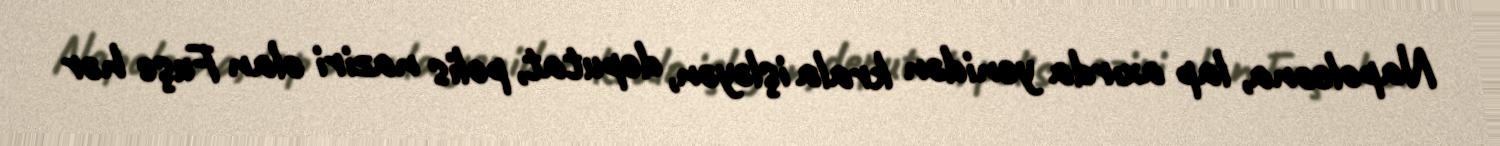
Napoleona, lap axırda yenidən krala işləyən, deputat, polis naziri olan Fuşe hər